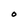
Character: O